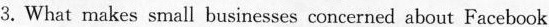
3,What makes stnall businesses concerned about Facebook